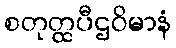
စတုတ္ထပီဌဝိမာနံ